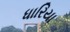
ધારિયા